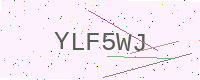
Text: YLF5WJ